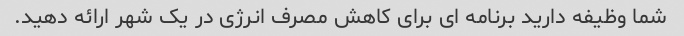
شما وظیفه دارید برنامه ای برای کاهش مصرف انرژی در یک شهر ارائه دهید.